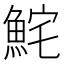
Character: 𩶱